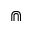
\Cap